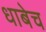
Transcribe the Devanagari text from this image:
धाबेच